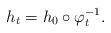
LaTeX: \begin{align*}h_t=h_0\circ\varphi_t^{-1}.\end{align*}